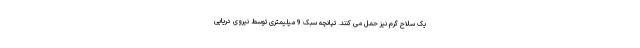
یک سلاح گرم نیز حمل می کنند. تپانچه سبک 9 میلیمتری توسط نیروی دریایی